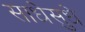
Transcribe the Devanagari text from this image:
साधेसुधे